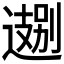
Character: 𬩁